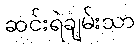
ဆင်းရဲချမ်းသာ